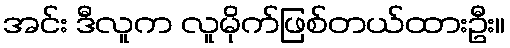
အင်း ဒီလူက လူမိုက်ဖြစ်တယ်ထားဦး။